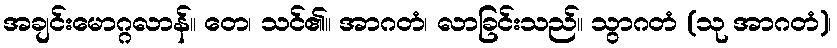
အချင်းမောဂ္ဂလာန်။ တေ၊ သင်၏။ အာဂတံ၊ လာခြင်းသည်။ သွာဂတံ (သု အာဂတံ)၊